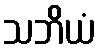
သဘိယံ